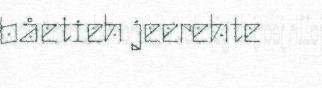
båetieh jeerehte